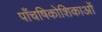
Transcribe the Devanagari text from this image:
पाँचषिकोशिकाओं